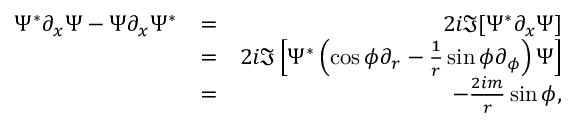
\begin{array} { r l r } { \Psi ^ { * } \partial _ { x } \Psi - \Psi \partial _ { x } \Psi ^ { * } } & { = } & { 2 i \Im [ \Psi ^ { * } \partial _ { x } \Psi ] } \\ & { = } & { 2 i \Im \left[ \Psi ^ { * } \left( \cos \phi \partial _ { r } - \frac { 1 } { r } \sin \phi \partial _ { \phi } \right) \Psi \right] } \\ & { = } & { - \frac { 2 i m } { r } \sin \phi , } \end{array}